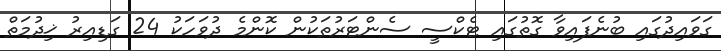
ގަވައިދުގައި ބުނެފައިވާ ގޮތުގައި ޓެކްސީ ސެންޓަރުތަކުން ކޮންމެ ދުވަހަކު 24 ގަޑިއިރު ޚިދުމަތް